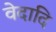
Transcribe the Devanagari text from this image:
वेदादि